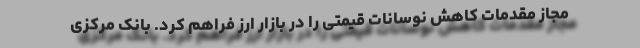
مجاز مقدمات کاهش نوسانات قیمتی را در بازار ارز فراهم کرد. بانک مرکزی